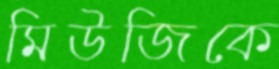
মিউজিকে